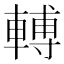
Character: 𨍭